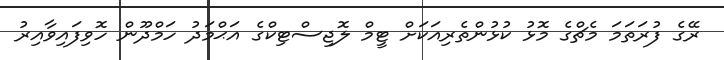
ރޭގެ ފުރަތަމަ މެޗްގެ މޮޅު ކުޅުންތެރިއަކަށް ޓީމް ލޮޖިސްޓިކްގެ އަޙްމަދު ހަމްދޫން ހޮވިފައިވާއިރު